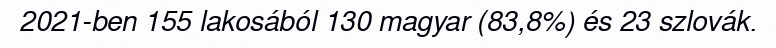
2021-ben 155 lakosából 130 magyar (83,8%) és 23 szlovák.